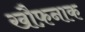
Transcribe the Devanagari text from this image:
खौफ़नाक